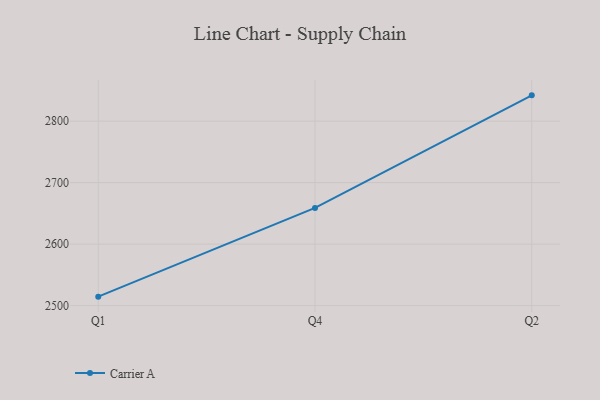
{"axis": {"x": "Quarter", "y": "Churn Rate (%)"}, "legend": ["Carrier A"], "data": [{"x": "Q1", "y": 2514.6, "type": "Carrier A"}, {"x": "Q4", "y": 2658.8, "type": "Carrier A"}, {"x": "Q2", "y": 2841.9, "type": "Carrier A"}]}